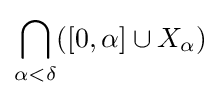
\displaystyle \bigcap _{\alpha <\delta }([0,\alpha ]\cup X_{\alpha })